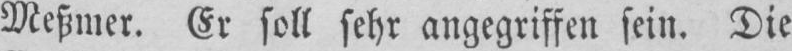
Meßmer. Er soll sehr angegriffen sein. Die